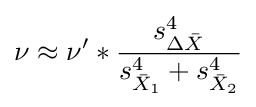
\nu \approx \nu '*{\frac {s_{\Delta {\bar {X}}}^{4}}{s_{{\bar {X}}_{1}}^{4}+s_{{\bar {X}}_{2}}^{4}}}